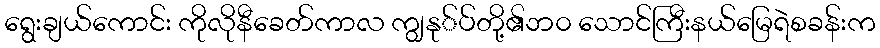
ရွေးချယ်ကောင်း ကိုလိုနီခေတ်ကာလ ကျွနု်ပ်တို့၏ဘ၀ သောင်ကြီးနယ်မြေရဲစခန်းက